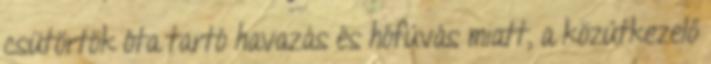
csütörtök óta tartó havazás és hófúvás miatt, a közútkezelő